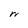
Character: W